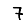
Digit: 7